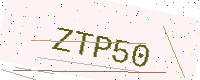
Text: ZTP50